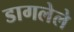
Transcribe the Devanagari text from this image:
डागलेले